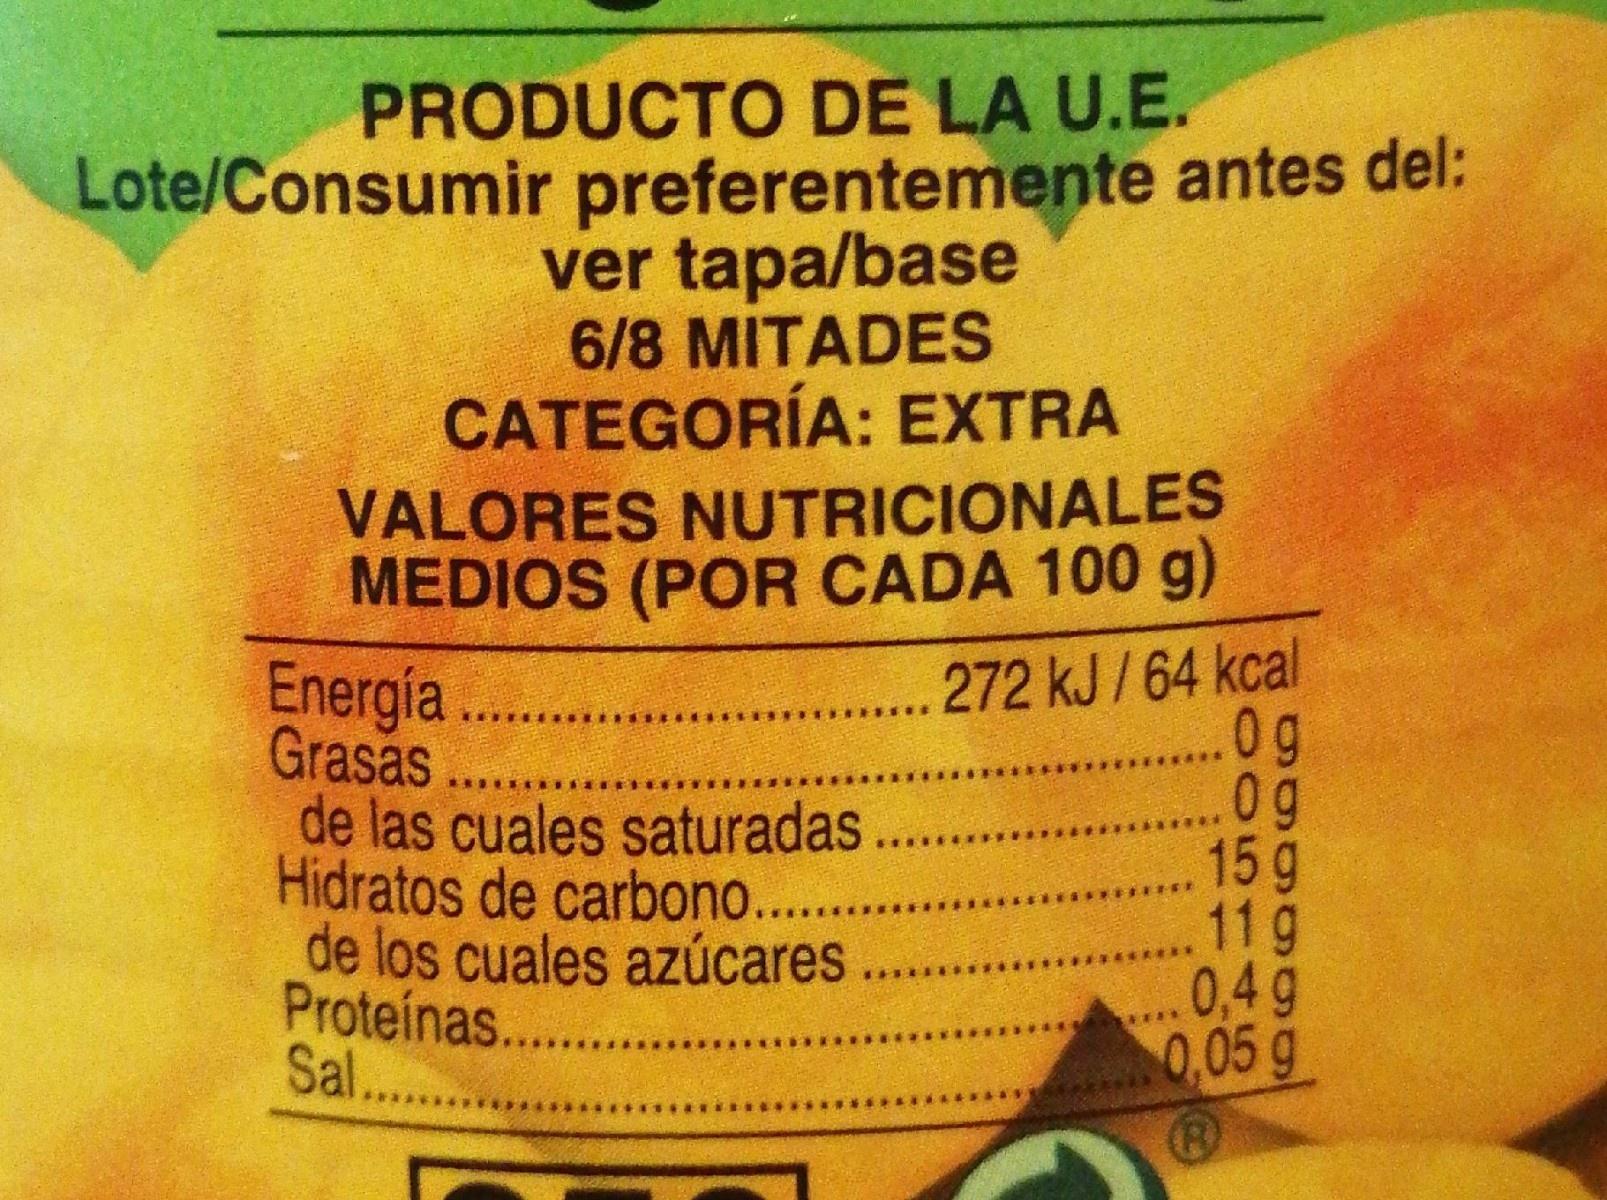
PRODUCTO DE LA U.E. Lote/Consumir preferentemente antes del: ver tapa/base 6/8 MITADES CATEGORÍA: EXTRA VALORES NUTRICIONALES MEDIOS (POR CADA 100 g)
Energía Grasas .. de las cuales saturadas Hidratos de carbono.... de los cuales azúcares Proteínas... Sal...
272 kJ/ 64 kcal 0g 0g 15 g 11g
.0,4 g 0,05g
(B